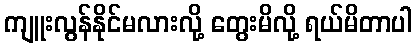
ကျူးလွန်နိုင်မလားလို့ တွေးမိလို့ ရယ်မိတာပါ